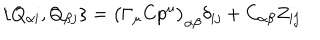
LaTeX: \{ Q _ { \alpha i } , Q _ { \beta j } \} = \bigl ( \Gamma _ { \mu } C p ^ { \mu } \bigr ) _ { \alpha \beta } \delta _ { i j } + C _ { \alpha \beta } Z _ { i j }